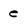
Character: e